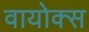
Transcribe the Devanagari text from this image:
वायोक्स